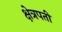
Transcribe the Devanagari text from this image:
क्षेत्रपती